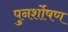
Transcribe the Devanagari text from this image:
पुनर्शोषण